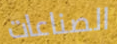
الصناعات